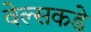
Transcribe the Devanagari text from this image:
वेल्सकडे